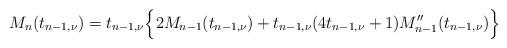
LaTeX: \begin{align*}M_n (t_{n-1,\nu}) = t_{n-1,\nu} \Big\{ 2M_{n-1} (t_{n-1,\nu}) + t_{n-1,\nu} (4t_{n-1,\nu}+1) M_{n-1}'' (t_{n-1,\nu})\Big\}\end{align*}